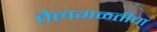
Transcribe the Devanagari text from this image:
तेलगळतीचा